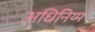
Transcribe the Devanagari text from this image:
अधिनिय्म